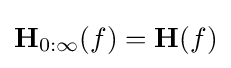
\mathbf {H} _{0:\infty }(f)=\mathbf {H} (f)